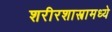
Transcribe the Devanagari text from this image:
शरीरशास्त्रामध्ये